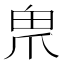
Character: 𤰲